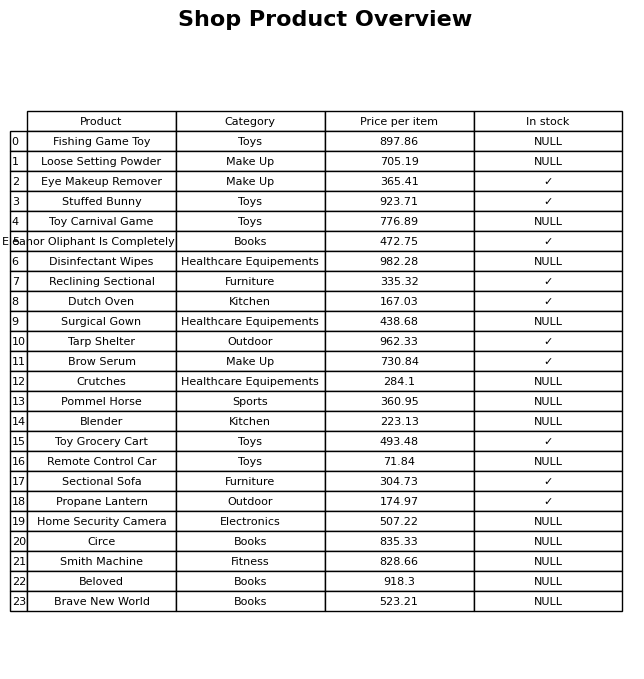
question: Is the Disinfectant Wipes in stock?
answer: NULL